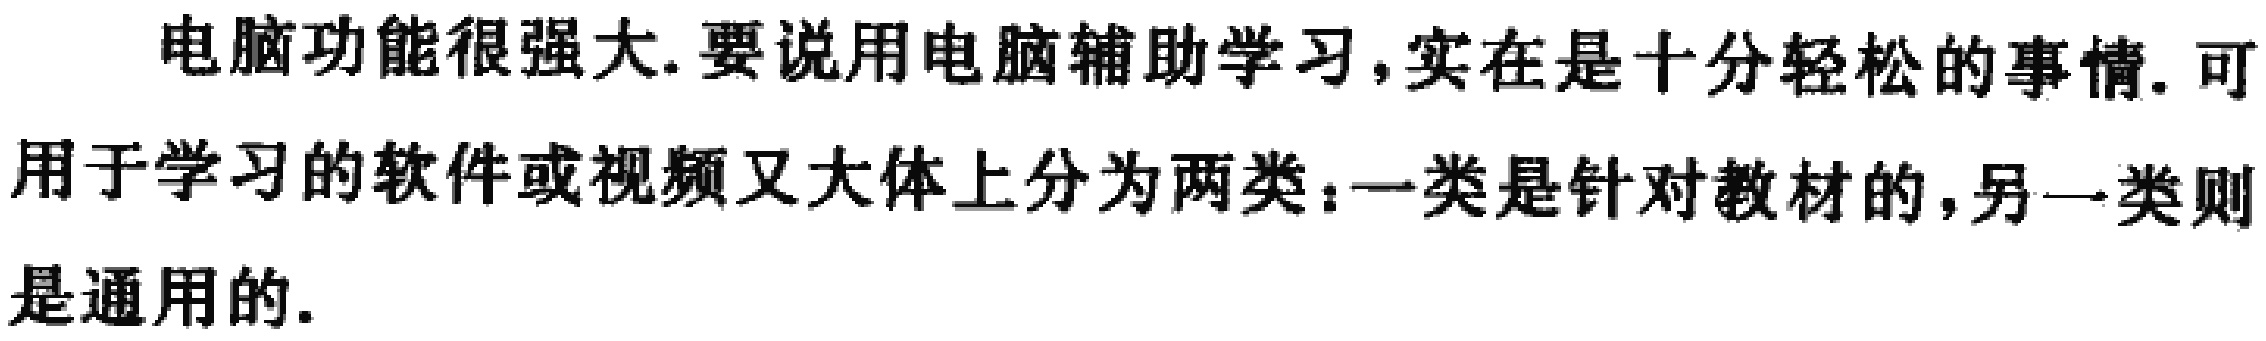
电脑功能很强大.要说用电脑辅助学习,实在是十分轻松的事情.可用于学习的软件或视频又大体上分为两类：一类是针对教材的,另一类则是通用的.